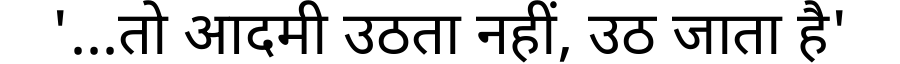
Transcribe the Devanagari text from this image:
'...तो आदमी उठता नहीं, उठ जाता है'